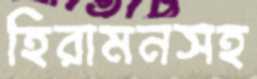
হিরামনসহ